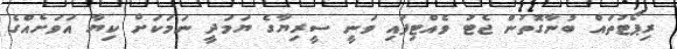
ރިޕޯޓުތައް ބުނާގޮތުން ޖެޓު ވެއްޓިފައި ވަނީ ސީރިޔާގެ ޔަމަދީ ނަމަކަށް ކިޔާ އަވަށެއްގެ